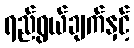
ရည်ရွယ်ချက်နှင့်